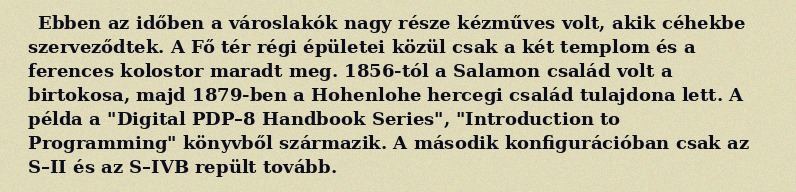
Ebben az időben a városlakók nagy része kézműves volt, akik céhekbe szerveződtek. A Fő tér régi épületei közül csak a két templom és a ferences kolostor maradt meg. 1856-tól a Salamon család volt a birtokosa, majd 1879-ben a Hohenlohe hercegi család tulajdona lett. A példa a "Digital PDP–8 Handbook Series", "Introduction to Programming" könyvből származik. A második konfigurációban csak az S–II és az S–IVB repült tovább.